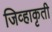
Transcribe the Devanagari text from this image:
जिव्हाकृती